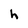
Character: h